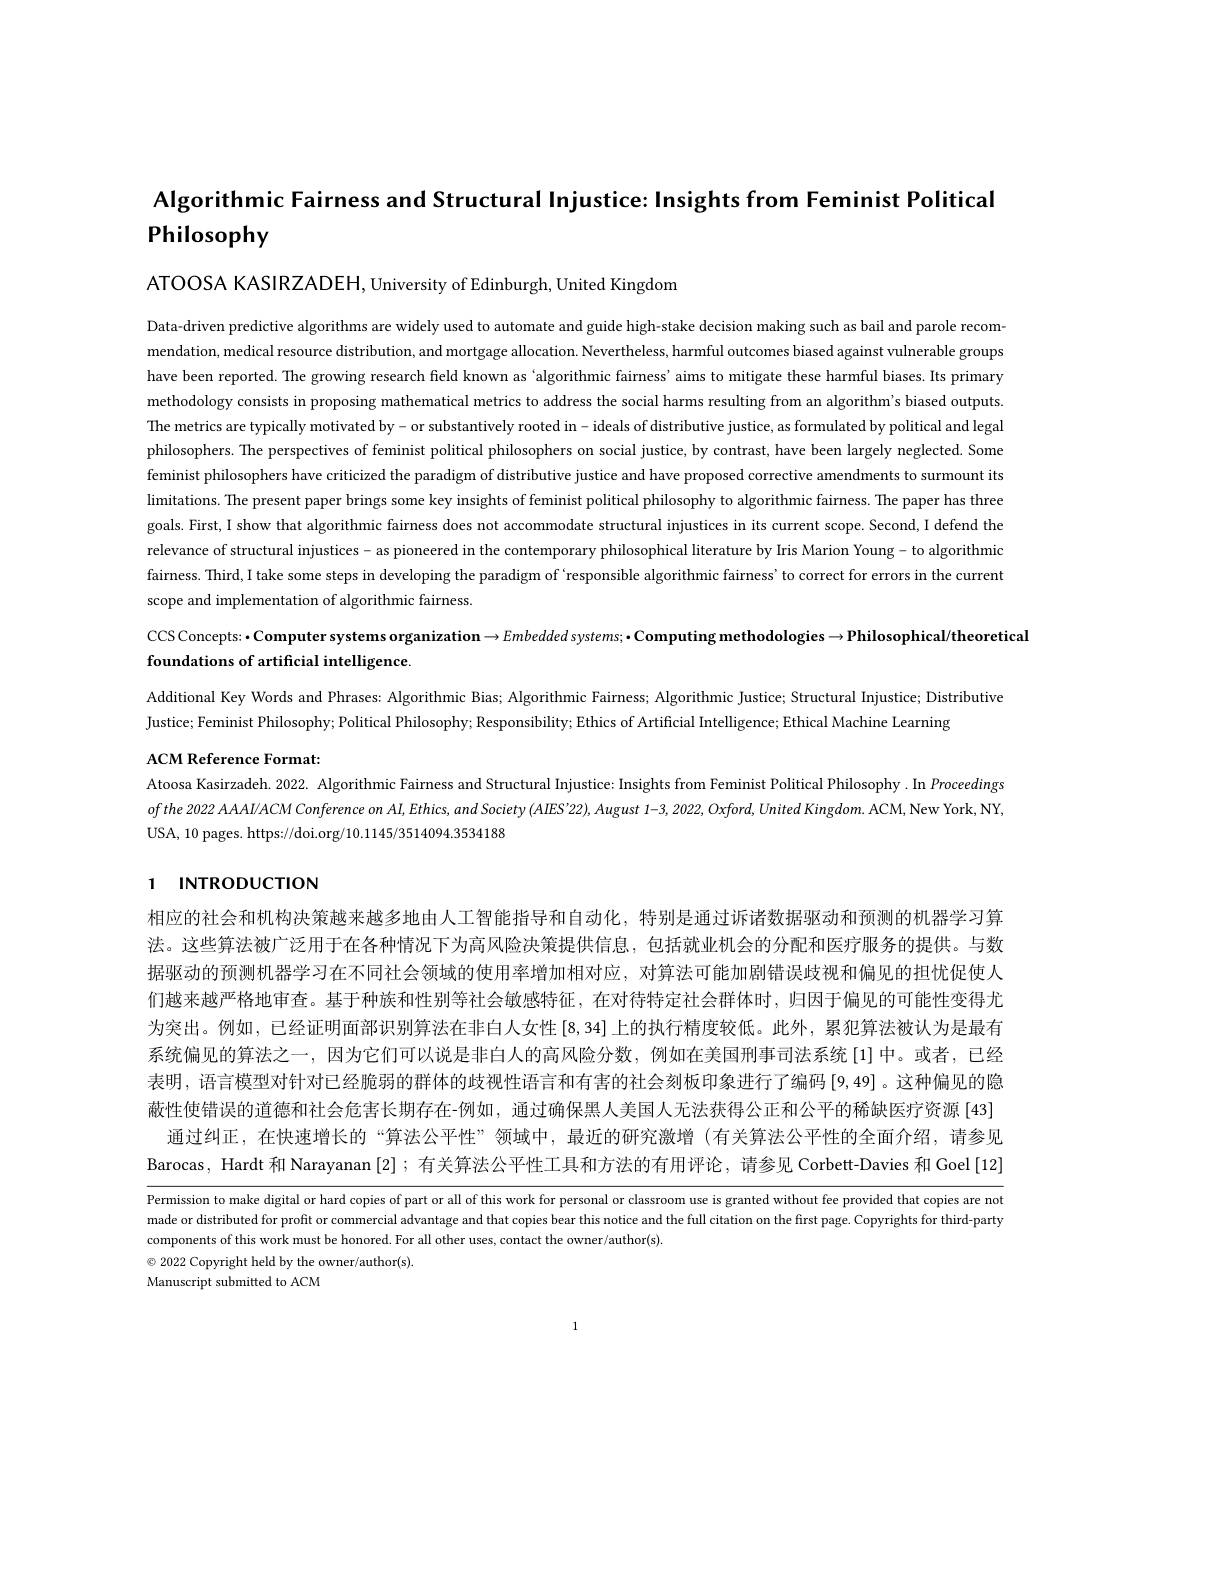
Algorithmic Fairness and Structural Injustice: Insights from Feminist Political

Philosophy

ATOOSA KASIRZADEH, University of Edinburgh, United Kingdom

Data-driven predictive algorithms are widely used to automate and guide high-stake decision making such as bail and parole recommendation, medical resource distribution, and mortgage allocation. Nevertheless, harmful outcomes biased against vulnerable groups have been reported. The growing research field known as 'algorithmic fairness'aims to mitigate these harmful biases. Its primary methodology consists in proposing mathematical metrics to address the social harms resulting from an algorithm's biased outputs The metrics are typically motivated by- or substantively rooted in- ideals of distributive justice, as formulated by political and legal philosophers. The perspectives of feminist political philosophers on social justice, by contrast, have been largely neglected. Some feminist philosophers have criticized the paradigm of distributive justice and have proposed corrective amendments to surmount its limitations. The present paper brings some key insights of feminist political philosophy to algorithmic fairness. The paper has three goals. First, I show that algorithmic fairness does not accommodate structural injustices in its current scope. Second, I defend the fairness. Third, I take some steps in developing the paradigm of `responsible algorithmic fairness' to correct for errors in the current, Inde $f$ sinde steps in developing the paradigm of `responsible algorithmic fairness' to correct for errors $\sin$ the scope and implementation of algorithmic fairness

CCS Concepts: ·Computer systems organization $\to Embedded$ systems; ·Computing methodologies $\to$Philosophical/theoretical

foundations of artificial intelligence.

Additional Key Words and Phrases: Algorithmic Bias; Algorithmic Fairness; Algorithmic Justice; Structural Injustice; Distributive
Justice; Feminist Philosophy; Political Philosophy; Responsibility; Ethics of Artificial Intelligence; Ethical Machine Learning

ACM Reference Format:
Atoosa Kasirzadeh. 2022. Algorithmic Fairness and Structural Injustice: Insights from Feminist Political Philosophy . In Proceedings $ofthe~2022~AAAI/ACM~Conference~on~AI,Ethics,~and~Society~(AIES'22),~August~1-3,~2022,~Oxford,~United~Kingdom.~ACM,~New~York,~NY~(0.15)~AC,~2022~A~AAI/A~CM~Conference~on~AI,~Ethics,~and~Society~(AIES'22),~August~1-3,~2022,~Oxford,~United~Kingdom.~ACM,~Ne$ USA, 10 pages. https://doi.org/10.1145/3514094.3534188

# 1 INTRODUCTION

相应的社会和机构决策越来越多地由人工智能指导和自动化，特别是通过诉诸数据驱动和预测的机器学习算法。这些算法被广泛用于在各种情况下为高风险决策提供信息，包括就业机会的分配和医疗服务的提供。与数据驱动的预测机器学习在不同社会领域的使用率增加相对应，对算法可能加剧错误歧视和偏见的担忧促使人们越来越严格地审查。基于种族和性别等社会敏感特征，在对待特定社会群体时，归因于偏见的可能性变得尤为突出。例如，已经证明面部识别算法在非白人女性$\left[8,34\right]$上的执行精度较低。此外，累犯算法被认为是最有系统偏见的算法之一，因为它们可以说是非白人的高风险分数，例如在美国刑事司法系统[1]中。或者，已经表明，语言模型对针对已经脆弱的群体的歧视性语言和有害的社会刻板印象进行了编码[9,49]。这种偏见的隐蔽性使错误的道德和社会危害长期存在-例如，通过确保黑人美国人无法获得公正和公平的稀缺医疗资源[43]
通过纠正，在快速增长的“算法公平性”领域中，最近的研究激增(有关算法公平性的全面介绍，请参见Barocas, Hardt 和 Narayanan [2];有关算法公平性工具和方法的有用评论，请参见 Corbett-Davies 和 Goel [12]

Permission to make digital or hard copies of part or all of this work for personal or classroom use is granted without fee provided that copies are not made or distributed for profit or commercial advantage and that copies bear this notice and the full citation on the first page. Copyrights for third-party components of this work must be honored. For all other uses, contact the owner/author(s).
$\textcircled{\circ}$ 2022 Copyright held by the owner/author(s).

Manuscript submitted to ACM